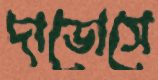
দাভোসে